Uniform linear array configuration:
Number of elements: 48
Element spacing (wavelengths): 1
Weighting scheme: binomial
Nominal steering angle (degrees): -45
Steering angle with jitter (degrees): -45.043
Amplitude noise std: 0.05
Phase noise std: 0.05

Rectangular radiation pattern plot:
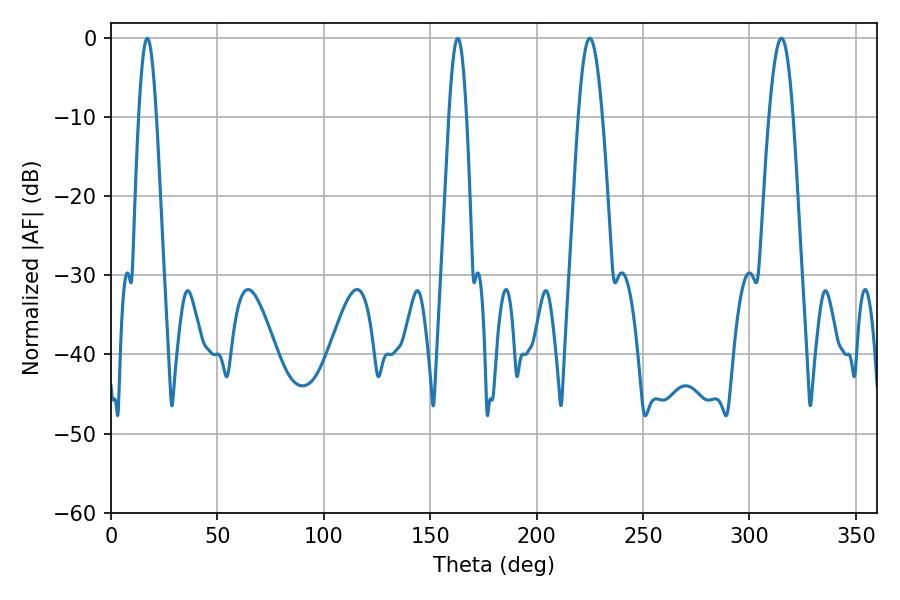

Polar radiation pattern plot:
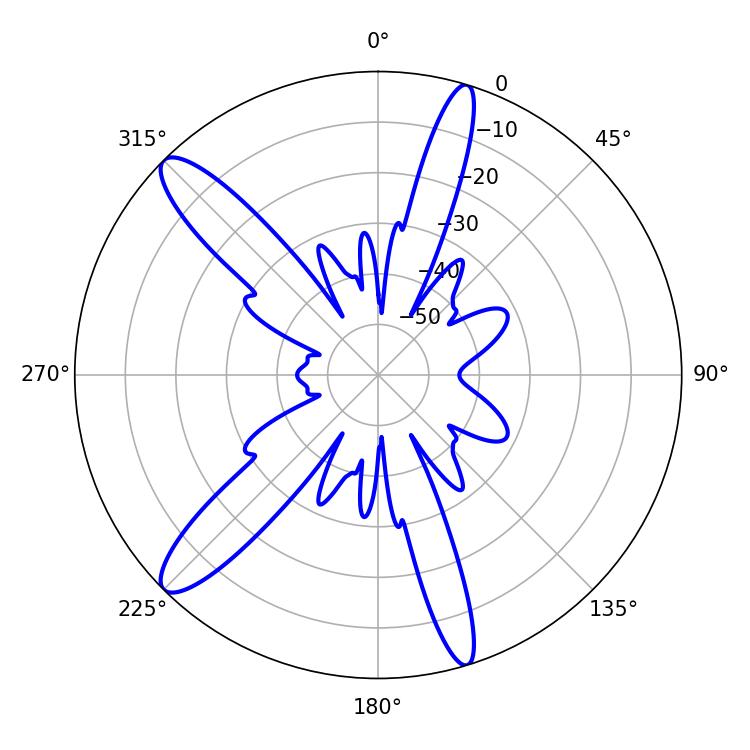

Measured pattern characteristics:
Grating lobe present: TRUE
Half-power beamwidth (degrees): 6.12
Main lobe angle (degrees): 225